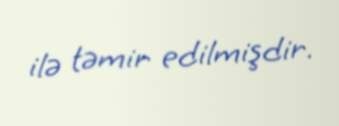
ilə təmir edilmişdir.